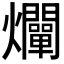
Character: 𤓙